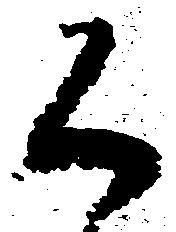
く